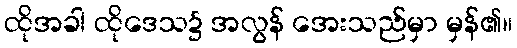
ထိုအခါ ထိုဒေသ၌ အလွန် အေးသည်မှာ မှန်၏။